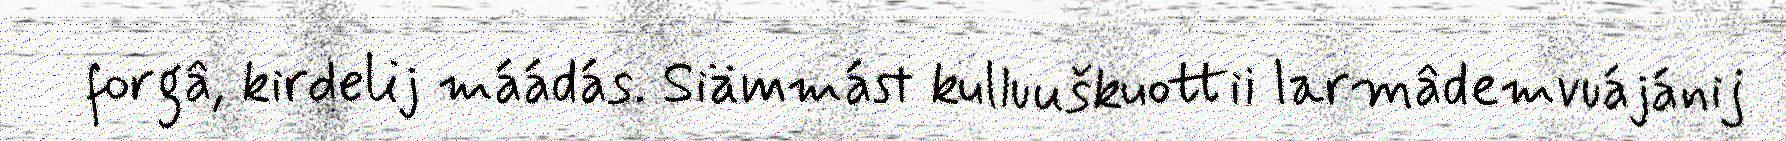
forgâ, kirdelij máádás. Siämmást kulluuškuottii larmâdemvuájánij